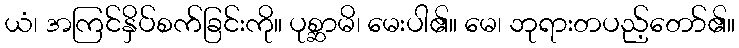
ယံ၊ အကြင်နှိပ်စက်ခြင်းကို။ ပုစ္ဆာမိ၊ မေးပါ၏။ မေ၊ ဘုရားတပည့်တော်၏။